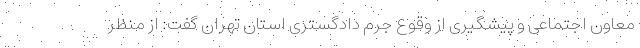
معاون اجتماعی و پیشگیری از وقوع جرم دادگستری استان تهران گفت: از منظر